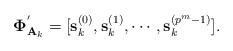
LaTeX: \begin{align*}\mathbf{\Phi}_{\mathbf{A}_{k}}^{'} = [\mathbf{s}_{k}^{(0)},\mathbf{s}_{k}^{(1)},\cdots,\mathbf{s}_{k}^{(p^{m}-1)}].\end{align*}